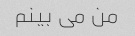
من می بینم